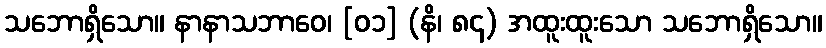
သဘောရှိသော။ နာနာသဘာဝေ၊ [၀၁] (နိ၊ ၈၄) အထူးထူးသော သဘောရှိသော။